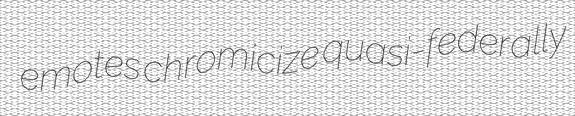
emotes chromicize quasi-federally